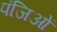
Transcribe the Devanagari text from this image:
पंजिओं